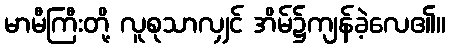
မာမီကြီးတို့ လူစုသာလျှင် အိမ်၌ကျန်ခဲ့လေ၏။